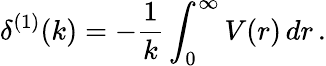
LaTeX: \delta^{(1)}(k)=-\frac{1}{k}\int_{0}^{\infty}V(r)\, dr\, .